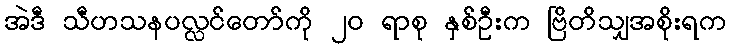
အဲဒီ သီဟသနပလ္လင်တော်ကို ၂၀ ရာစု နှစ်ဦးက ဗြိတိသျှအစိုးရက